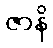
ဇာနိ